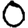
Digit: 0